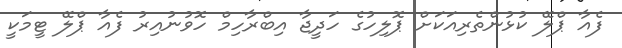
ފެއާ ޕްލޭ ކުޅުންތެރިއަކަށް ޕޮލިހުގެ ހަދީޖާ އިބްރާހިމް ހޮވުނުއިރު ފެއާ ޕްލޭ ޓީމަކީ